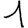
Digit: 1